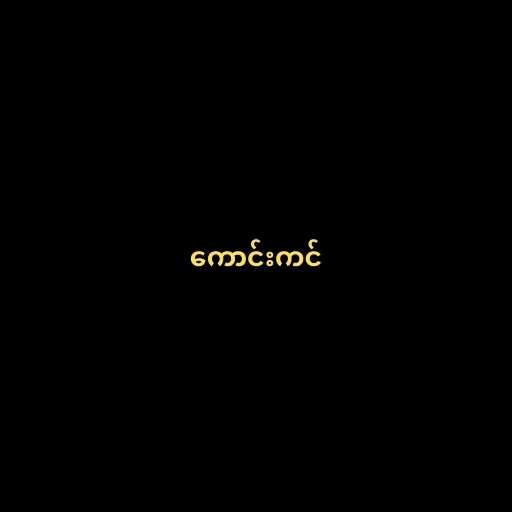
ကောင်းကင်